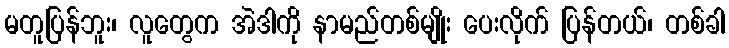
မတူပြန်ဘူး၊ လူတွေက အဲဒါကို နာမည်တစ်မျိုး ပေးလိုက် ပြန်တယ်၊ တစ်ခါ